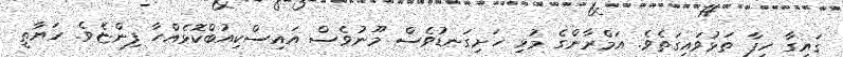
ގައިގާ ހިފާ ތަޅުވައިގަތެވެ. އަމްރާންގެ މުޅި ހަށިގަނޑުވެސް މޫނުވެސް އައިސްކިއުބްކޮޅެއްހާ ފިންޏެވެ. ހަޔާތީ